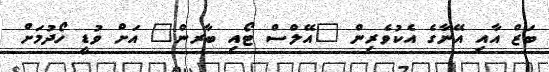
ބަޒް އާއި އޭނާގެ އެކުވެރިން "އޭލްސް ޓޯއި ބާރން" އަށް ވުޑީ ހޯދުމަށް